Scottish Leaving Certificate Examination, 1953
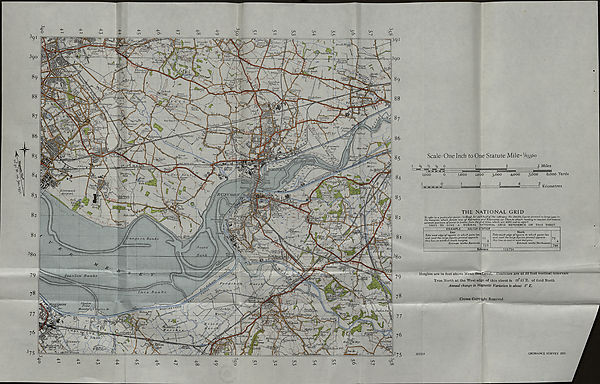
’JiluncLa,
-i, SUL
’ Colliery
Sutton^i
ManorJ&
JlrookUoiisel
Fhippa'F
'Qutirvy
Wnioy ftahlg
ai/ihiJl StoopM
HALTi
utrro\
I' Jnvroixi'
UDlHall,
lCilmtyej7oJ
Sewagef! 1 !
WhitefieUL
Lcuxe End,i
Hoapitt
\ Bridg'd F
Beservoirs
. Town
r^>End. >S3
liJraujshrttti
f L unds \
%9^JLeat}b
\rcMid
Ft runt
moggart
Uirrt
SoutJbLane.
(Q^b (iclmnds
'&qLecLcre-
Pgfc’l
zgsSlSchdol- Ij
Iwbdb!
NwchElu
Yew Tree FC*}
‘ ■ VLcteruP
dewoodj
}reetv
Fiddlers.
Ferry JsiiipYa/yi iJlP
vTT^ \lpi./lazi.
if^JilvajuiocUs
^ SJ»tuh
Boseheatli-
■,
f
FFazarcth
\lT1rtoi
IVorion ■
fans/v.
JiALE BANK STA:
' DlTTON JUNC.STA.,
(Liverpool iOvVarj
Runui^^FjiSf^^EpnJc
H‘uleorn(i\,Lj/l ■ !; ///yv,, ,rt< -r/.
‘iJlujTlt.
\ Liverpool
\iirport
%ac/oU*oh K&alLF'F'
ung e o n Bcbrvfc
Taliwoad
, 'ilrat' 1
Ttfvjvt
JllTvlf..
Works
Suttpii
Sfatdow So
'•XannEy
SiZ-The 'Ximtiors
Scale: One Inch to One Statute Mile= V63360
1 34 'tr V4 0
1 ^
1,000
0
1
o
I WWWH~T4-
3 Miles
5,000
6,000 Yards
I? Kilometres
THE NATIONAL GRID
To refer to a particular pointtl)Read for each halfof the reference the double figures printed in large type in
the margins, which denote tens of Kilometres and Kilometres. (2) Then,to obtain reading to nearest lOO metres,
estimate position ofpoint in tenths from the grid lines.which are WOO metres apart.
THUS TO GIVE A NORMAL NATIONAL GRID REFERENCE ON THIS SHEET.
EXAMPLE
HALTON STATION
Ea $ t
Take west edge cf square in which point lies
and read the largefigures printed opposite
this line on north or south margins.
Estimate tenths Eastwards
53
538
North
Take south edge of square in which point lies
and read the largefigures printed opposite
this line on east or west margins.
Estimate tenths Northwards
79
794
Reference
538794
Heights are in feet above Mean SoaLevel. "Contours are at 50 feet vertical intervals
True North at the West edge of this sheet is 00°43 E. of Grid North
Annual change in Magnetic Variation is about 8' E.
Crown Copyright Reserved
3572j A
ORDNANCE SURVEY 1951.